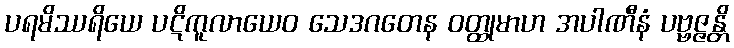
ပရမိဿရိယေ ပဋိကူလာယေဝ သေဒဂတေန ဝတ္ထုမာဟ အပါဏီနံ ပဗ္ဗဇ္ဇန္တိ